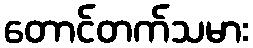
တောင်တက်သမား